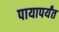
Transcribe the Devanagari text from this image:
पायापर्यंत